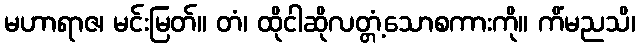
မဟာရာဇ၊ မင်းမြတ်။ တံ၊ ထိုငါဆိုလတ္တံ့သောစကားကို။ ကိံမညသိ၊